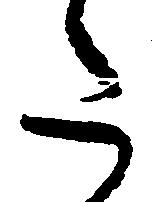
た